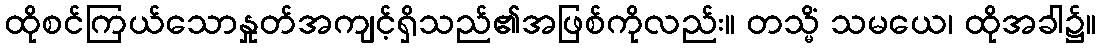
ထိုစင်ကြယ်သောနှုတ်အကျင့်ရှိသည်၏အဖြစ်ကိုလည်း။ တသ္မိံ သမယေ၊ ထိုအခါ၌။